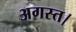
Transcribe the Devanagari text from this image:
अगस्त।